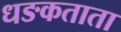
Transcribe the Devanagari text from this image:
धङकताता